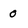
Character: 0